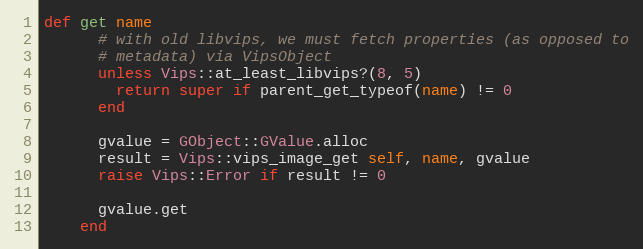
Language: Ruby
def get name
      # with old libvips, we must fetch properties (as opposed to
      # metadata) via VipsObject
      unless Vips::at_least_libvips?(8, 5)
        return super if parent_get_typeof(name) != 0
      end

      gvalue = GObject::GValue.alloc
      result = Vips::vips_image_get self, name, gvalue
      raise Vips::Error if result != 0

      gvalue.get
    end